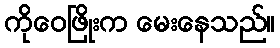
ကိုဝေဖြိုးက မေးနေသည်။